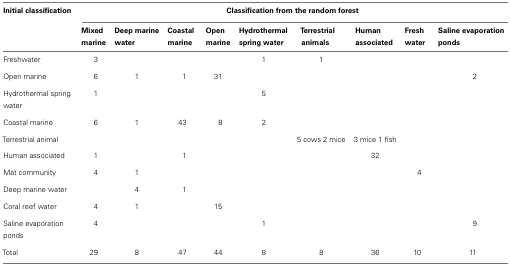
| Initial classification | <COLSPAN=9> Classification from the random forest |
 |  | Mixed marine | Deep marine water | Coastal marine | Open marine | Hydrothermal spring water | Terrestrial animals | Human associated | Fresh water | Saline evaporation ponds |
 | --- | --- | --- | --- | --- | --- | --- | --- | --- | --- |
 | Freshwater | 3 |  |  |  | 1 | 1 |  |  |  |
 | Open marine | 6 | 1 | 1 | 31 |  |  |  |  | 2 |
 | Hydrothermal spring water | 1 |  |  |  | 5 |  |  |  |  |
 | Coastal marine | 6 | 1 | 43 | 8 | 2 |  |  |  |  |
 | Terrestrial animal |  |  |  |  |  | 5 cows 2 mice | 3 mice 1 fish |  |  |
 | Human associated | 1 |  | 1 |  |  |  | 32 |  |  |
 | Mat community | 4 | 1 |  |  |  |  |  | 4 |  |
 | Deep marine water |  | 4 | 1 |  |  |  |  |  |  |
 | Coral reef water | 4 | 1 |  | 15 |  |  |  |  |  |
 | Saline evaporation ponds | 4 |  |  |  | 1 |  |  |  | 9 |
 | Total | 29 | 8 | 47 | 44 | 8 | 8 | 36 | 10 | 11 |